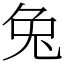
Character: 兔